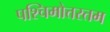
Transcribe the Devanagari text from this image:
पश्चिमोत्तरतम